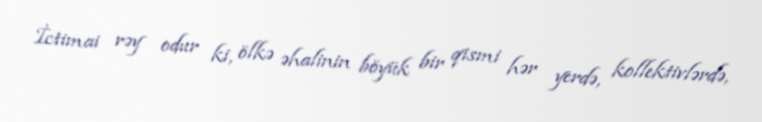
İctimai rəy odur ki, ölkə əhalinin böyük bir qismi hər yerdə, kollektivlərdə,